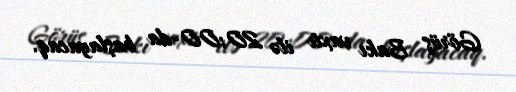
Görüş Bakı vaxtı ilə 20:00-da başlayacaq.